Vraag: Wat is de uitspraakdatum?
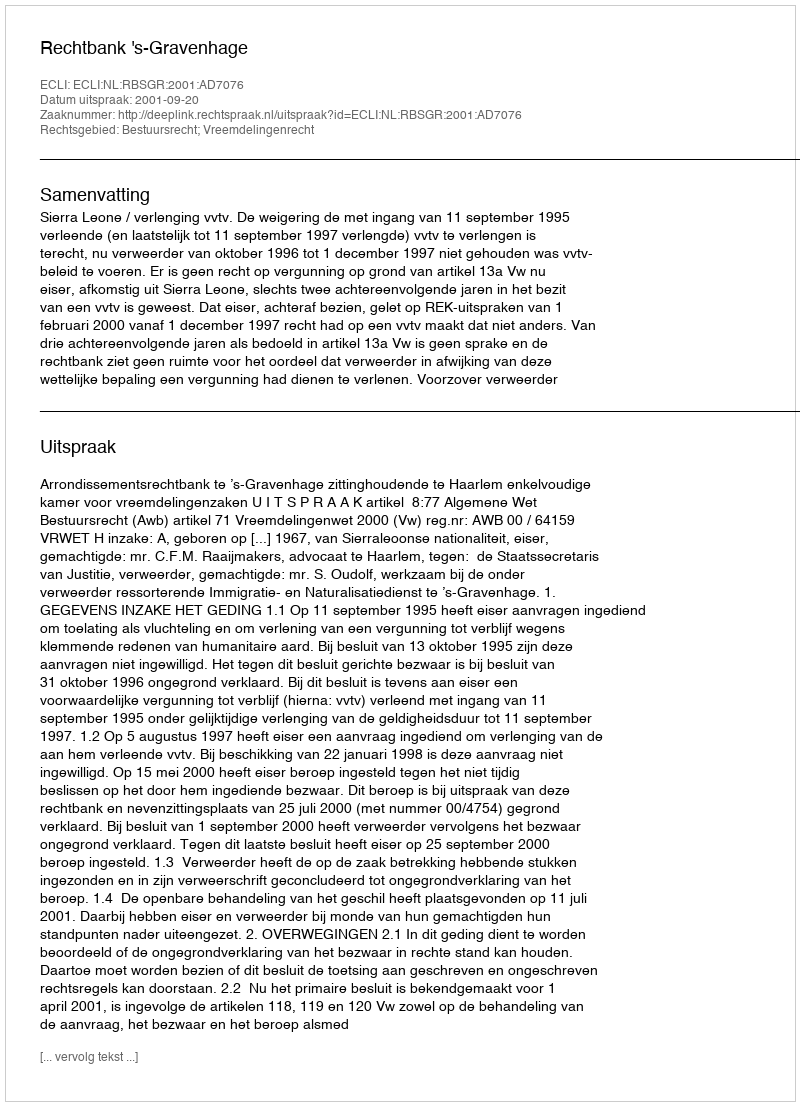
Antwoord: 2001-09-20